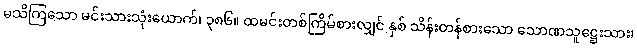
မသိကြသော မင်းသားသုံးယောက်၊ ၃၈၆။ ထမင်းတစ်ကြိမ်စားလျှင် နှစ် သိန်းတန်စားသော သောဏသူဋ္ဌေးသား၊